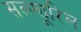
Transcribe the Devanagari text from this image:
सल्फ्यूरिल